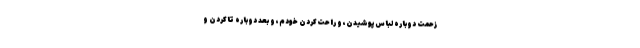
زحمتِ دوباره لباس‌پوشیدن، و راحت‌کردن خودم، و بعد دوباره تاکردن و